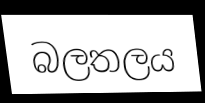
බලතලය